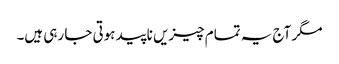
مگر آج یہ تمام چیزیں ناپید ہوتی جا رہی ہیں۔